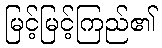
မြင့်မြင့်ကြည်၏